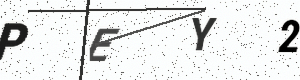
Text: PEY2